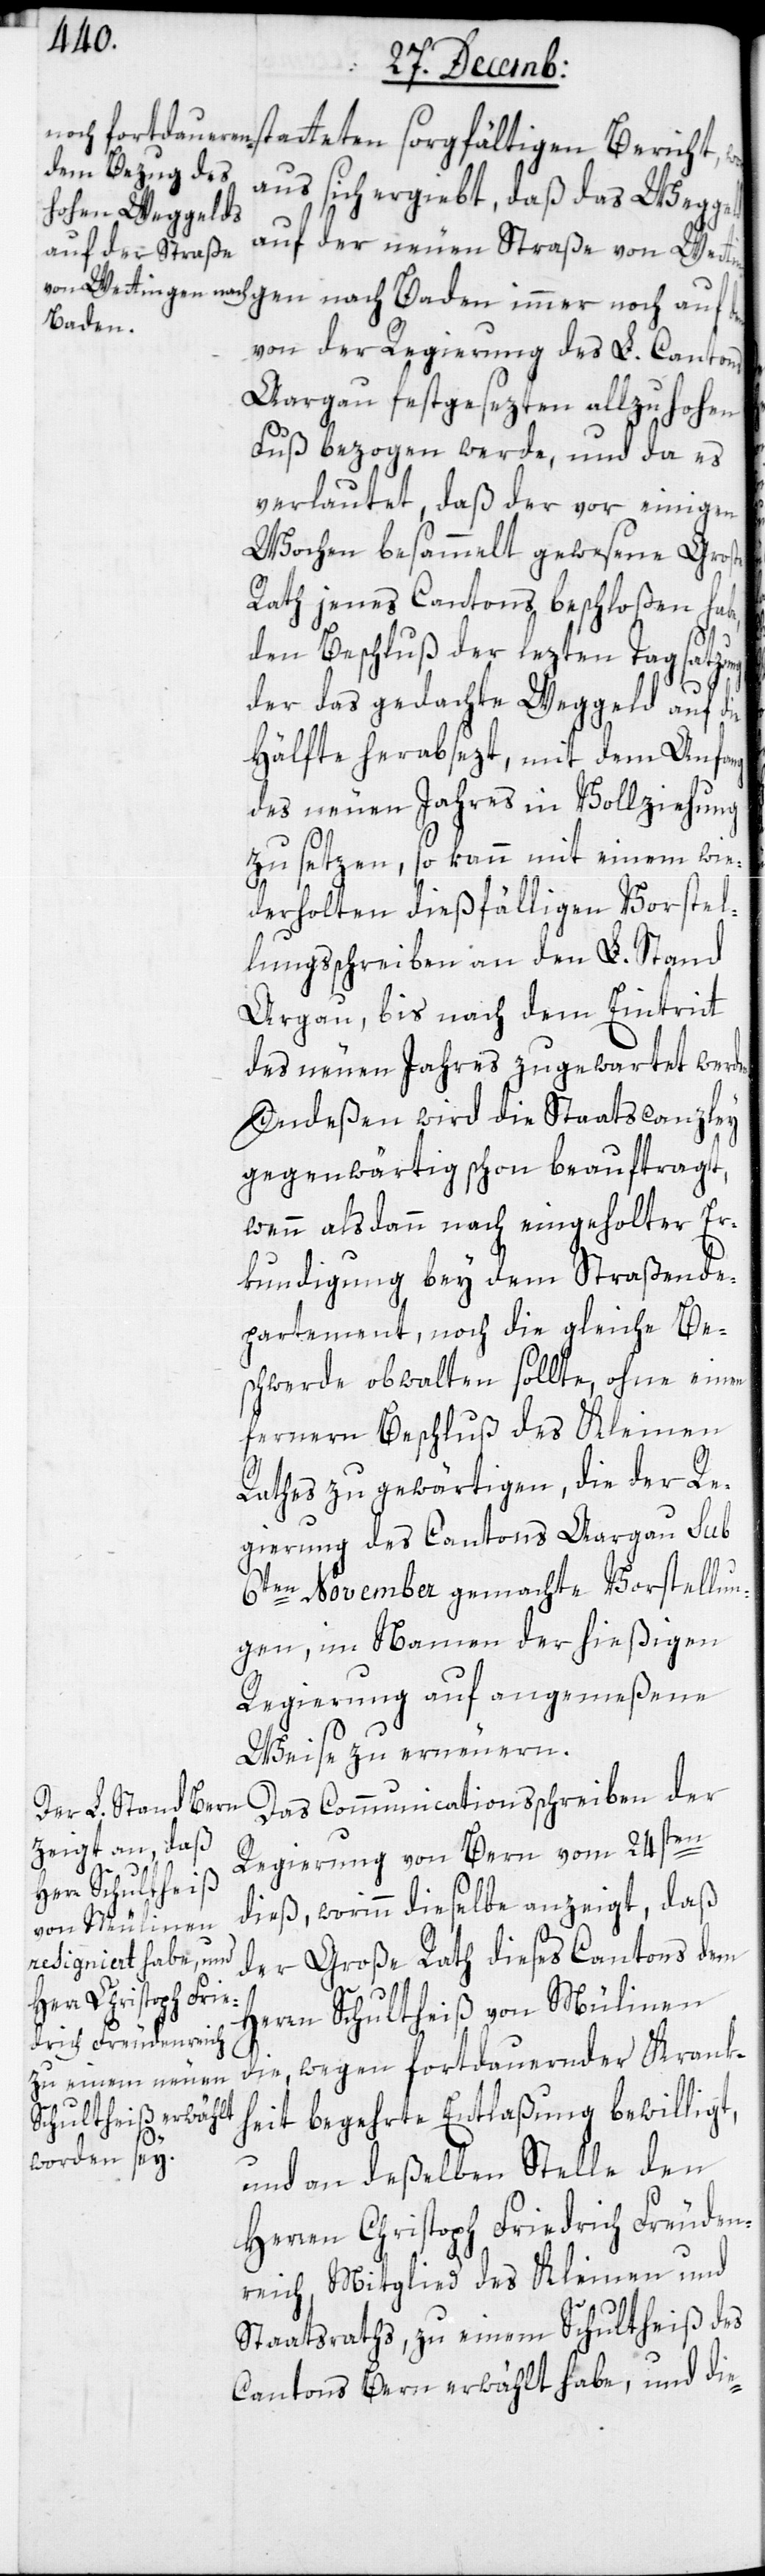
en.
woraus sich ergiebt, daß das Wegge¬
auf der neuen Straße von Wettingen
Baden
von der Regierung des L. Cantons
Aargau festgesezten allzu hohen
Fuß bezogen werde, und da es
verlautet, daß der vor einigen
Wochen besammelt gewesene Große
Rath jenes Cantons beschloßen habe,
den Beschluß der lezten Tagsatzung,
der das gedachte Weggeld auf die
Hälfte herabsezt, mit dem Anfang
des neuen Jahres in Vollziehung
zu setzen, so kann mit einem wie¬
derholten dießfälligen Vorstel¬
lungsschreiben an den L. Stand
Aargau, bis nach dem Eintritt
des neuen Jahres zugewartet werd¬
Indeßen wird die Staatscanzley
gegenwärtig schon beauftragt,
wenn alsdann nach eingeholter Er¬
kundigung bey dem Straßende¬
partement, noch die gleiche Be¬
schwerde obwalten sollte, ohne einen
fernern Beschluß des Kleinen
Raths zu gewärtigen, die der Re¬
gierung des Cantons Aargau sub
6ten November gemachte Vorstellun¬
gen, im Namen der hießigen
Regierung auf angemeßene
Weise zu erneuern.
Das Communicationsschreiben der
Regierung von Bern vom 24sten
dieß, worinn dieselbe anzeigt, daß
der Große Rath dieses Cantons dem
Herren Schultheiß von Mülinen
die, wegen fortdauernder Krank¬
heit begehrte Entlaßung bewilligt,
und an deßelben Stelle den
Herren Christoph Friedrich Freuden¬
reich, Mitglied des Kleinen und
Staatsraths, zu einem Schultheiß des
Cantons Bern erwählt habe, und die-